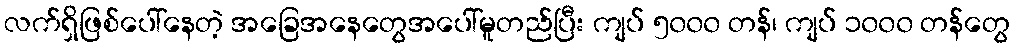
လက်ရှိဖြစ်ပေါ်နေတဲ့ အခြေအနေတွေအပေါ်မူတည်ပြီး ကျပ် ၅၀၀၀ တန်၊ ကျပ် ၁၀၀၀ တန်တွေ